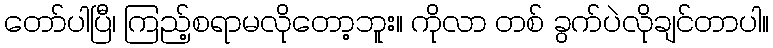
တော်ပါပြီ၊ ကြည့်စရာမလိုတော့ဘူး။ ကိုလာ တစ် ခွက်ပဲလိုချင်တာပါ။